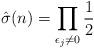
LaTeX: \begin{align*} \hat{\sigma}(n) = \prod_{\epsilon_j \neq 0} \frac{1}{2} \end{align*}